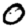
Digit: 0